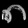
Digit: ၈